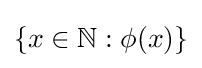
\{x\in \mathbb {N} :\phi (x)\}